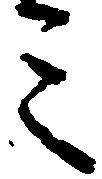
ミ